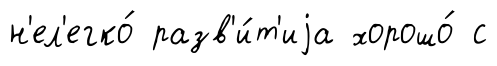
н'ел'егко́ разв'и́т'иjа хорошо́ с